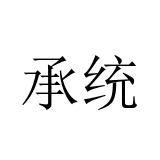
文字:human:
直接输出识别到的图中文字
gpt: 承统